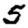
Digit: 5